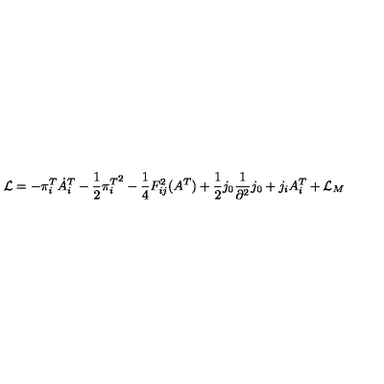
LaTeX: { \cal L } = - \pi _ { i } ^ { T } \dot { A } _ { i } ^ { T } - \frac { 1 } { 2 } { \pi _ { i } ^ { T } } ^ { 2 } - \frac { 1 } { 4 } F _ { i j } ^ { 2 } ( A ^ { T } ) + \frac { 1 } { 2 } j _ { 0 } \frac { 1 } { \partial ^ { 2 } } j _ { 0 } + j _ { i } A _ { i } ^ { T } + { \cal L } _ { M }